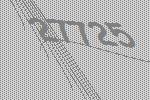
27725